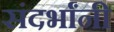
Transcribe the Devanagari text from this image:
संदर्भांनी